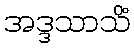
အဒ္ဒသာသိံ